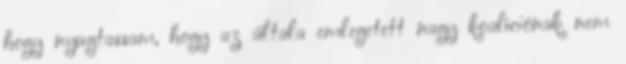
hogy nyugtassam, hogy az általa emlegetett nagy koalíciónak nem